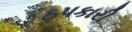
ઠપકારી